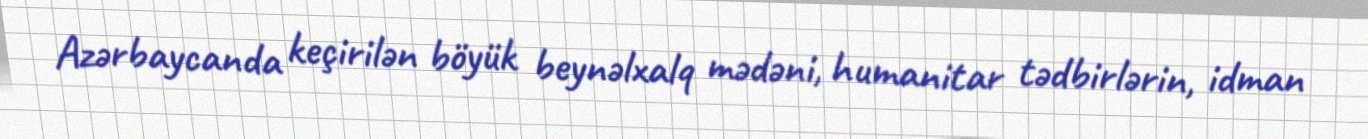
Azərbaycanda keçirilən böyük beynəlxalq mədəni, humanitar tədbirlərin, idman